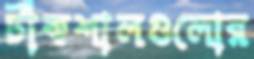
টাঁকশালগুলোর